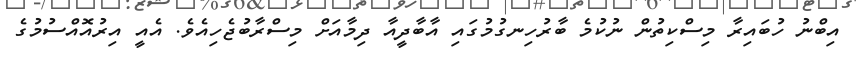
އިބްނު ހުބައިރާ މިސްކިތުން ނުކުމެ ބާރުހިނގުމުގައި އާބާދީއާ ދިމާއަށް މިސްރާބުޖެހިއެވެ. އެއީ އިރުއޮއްސުމުގެ